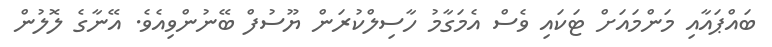
ބައްޕައާއި މަންމައަށް ޓަކައި ވެސް އެމަގާމު ހާސިލްކުރަން ޔޫސުފް ބޭނުންވިއެވެ. އޭނާގެ ލޮލުން